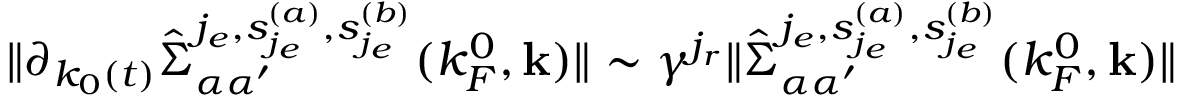
\Vert \partial _ { k _ { 0 } ( t ) } \hat { \Sigma } _ { \alpha \alpha ^ { \prime } } ^ { j _ { e } , { s _ { j _ { e } } ^ { ( a ) } , s _ { j _ { e } } ^ { ( b ) } } } ( k _ { F } ^ { 0 } , { \bf k } ) \Vert \sim \gamma ^ { j _ { r } } \Vert \hat { \Sigma } _ { \alpha \alpha ^ { \prime } } ^ { j _ { e } , { s _ { j _ { e } } ^ { ( a ) } , s _ { j _ { e } } ^ { ( b ) } } } ( k _ { F } ^ { 0 } , { \bf k } ) \Vert